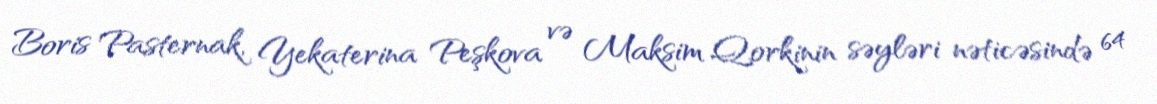
Boris Pasternak, Yekaterina Peşkova və Maksim Qorkinin səyləri nəticəsində 64